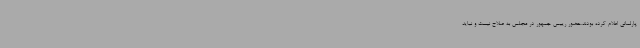
پارلمانی اعلام کرده بودند.حضور رییس جمهور در مجلس به صلاح نیست و نباید